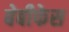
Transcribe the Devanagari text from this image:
बेबीफेस